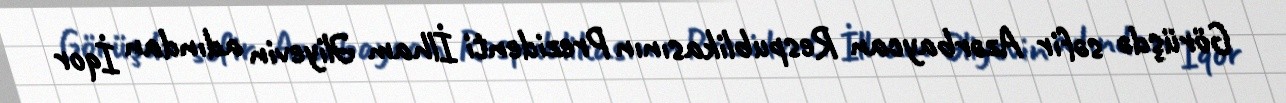
Görüşdə səfir Azərbaycan Respublikasının Prezidenti İlham Əliyevin adından İqor